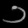
Digit: ၁